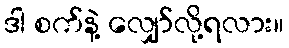
ဒါ စက်နဲ့ လျှော်လို့ရလား။